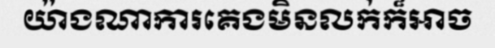
យ៉ាងណាការគេងមិនលក់ក៏អាច